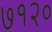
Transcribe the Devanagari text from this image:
७१२०